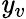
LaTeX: \mathit{y}_{v}